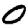
Digit: 0